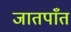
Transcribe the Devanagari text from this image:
जातपाँत